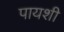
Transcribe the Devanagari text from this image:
पायशी